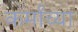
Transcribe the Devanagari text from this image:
कर्मांच्या